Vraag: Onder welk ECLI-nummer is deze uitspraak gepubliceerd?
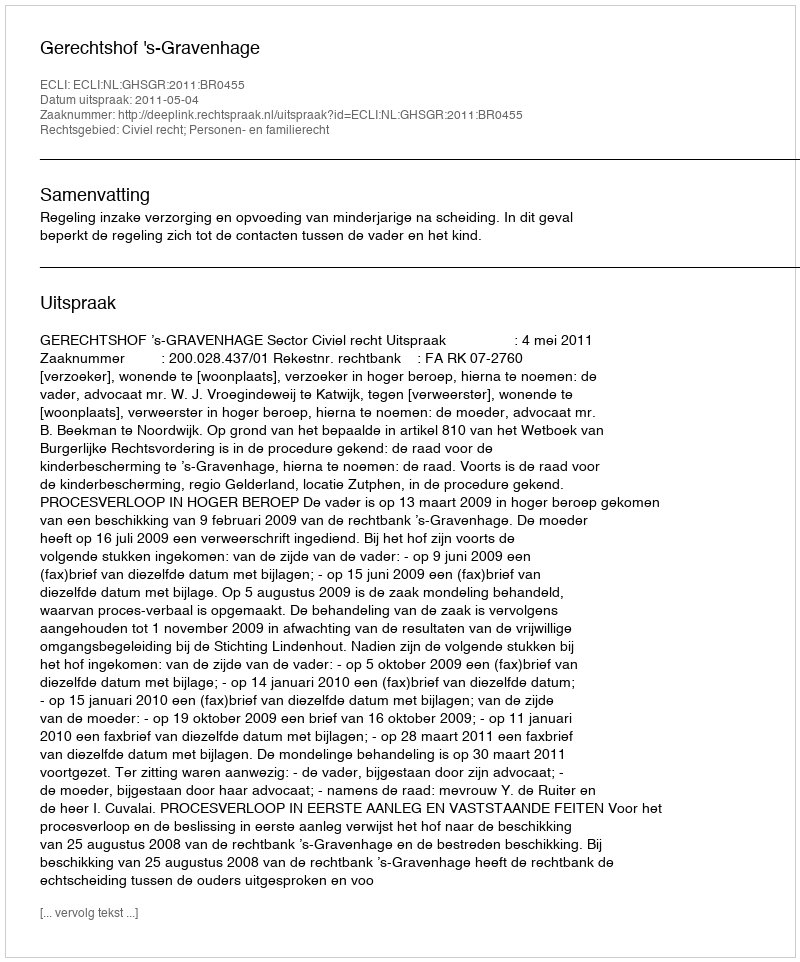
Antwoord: ECLI:NL:GHSGR:2011:BR0455